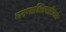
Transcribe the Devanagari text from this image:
चरणाश्रितपारिजात